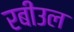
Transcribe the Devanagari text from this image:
रबीउल